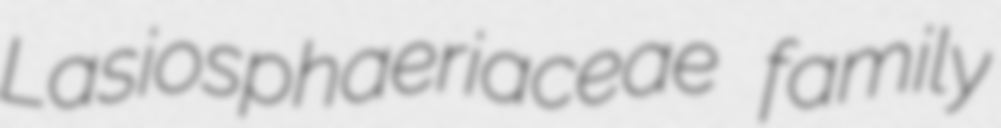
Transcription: Lasiosphaeriaceae family